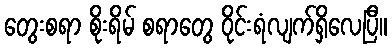
တွေးစရာ စိုးရိမ် စရာတွေ ဝိုင်းရံလျက်ရှိလေပြီ။